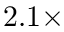
2 . 1 \times